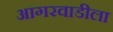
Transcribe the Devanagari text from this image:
आगरवाडीला